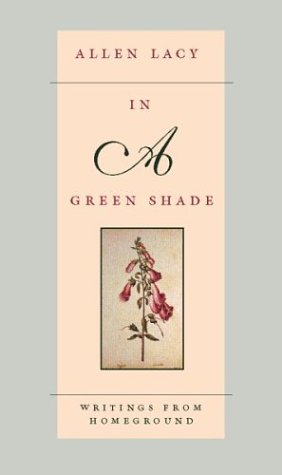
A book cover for In a Green Shade: Writings from Homeground; Allen Lacy; Crafts, Hobbies & Home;